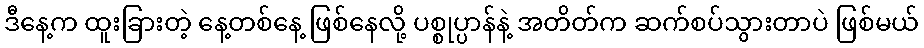
ဒီနေ့က ထူးခြားတဲ့ နေ့တစ်နေ့ ဖြစ်နေလို့ ပစ္စုပ္ပာန်နဲ့ အတိတ်က ဆက်စပ်သွားတာပဲ ဖြစ်မယ်